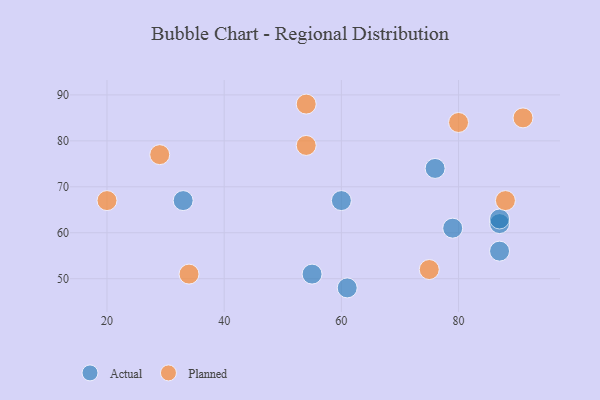
{"axis": {"x": "GDP", "y": "Life Expectancy"}, "legend": ["Actual", "Planned"], "data": [{"x": "76", "y": 74, "type": "Actual"}, {"x": "60", "y": 67, "type": "Actual"}, {"x": "61", "y": 48, "type": "Actual"}, {"x": "87", "y": 62, "type": "Actual"}, {"x": "87", "y": 56, "type": "Actual"}, {"x": "79", "y": 61, "type": "Actual"}, {"x": "55", "y": 51, "type": "Actual"}, {"x": "33", "y": 67, "type": "Actual"}, {"x": "87", "y": 63, "type": "Actual"}, {"x": "54", "y": 79, "type": "Planned"}, {"x": "20", "y": 67, "type": "Planned"}, {"x": "54", "y": 88, "type": "Planned"}, {"x": "88", "y": 67, "type": "Planned"}, {"x": "80", "y": 84, "type": "Planned"}, {"x": "75", "y": 52, "type": "Planned"}, {"x": "34", "y": 51, "type": "Planned"}, {"x": "29", "y": 77, "type": "Planned"}, {"x": "91", "y": 85, "type": "Planned"}]}